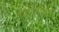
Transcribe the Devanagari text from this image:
पुनर्जिवित